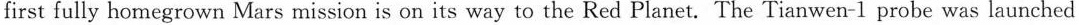
with a Long March 5 rocket from Hainan Island's Wenchang Satellite Launch Centre at 12:41 on July 23,